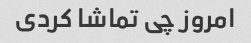
امروز چی تماشا کردی